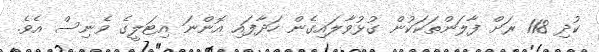
ކުދި 118 ރަށް ފާލަންތަކަކުން ގުޅުވާލައިގެން ހަދާފައި އޮންނަ އިޓަލީގެ ވެނިސް އެވެ.